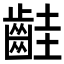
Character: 𪗹